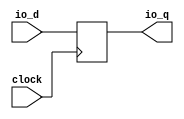
// Copyright (c) 2017, Microsemi Corporation
// All rights reserved.
//
// Redistribution and use in source and binary forms, with or without
// modification, are permitted provided that the following conditions are met:
//     * Redistributions of source code must retain the above copyright
//       notice, this list of conditions and the following disclaimer.
//     * Redistributions in binary form must reproduce the above copyright
//       notice, this list of conditions and the following disclaimer in the
//       documentation and/or other materials provided with the distribution.
//     * Neither the name of the <organization> nor the
//       names of its contributors may be used to endorse or promote products
//       derived from this software without specific prior written permission.
//
// THIS SOFTWARE IS PROVIDED BY THE COPYRIGHT HOLDERS AND CONTRIBUTORS "AS IS" AND
// ANY EXPRESS OR IMPLIED WARRANTIES, INCLUDING, BUT NOT LIMITED TO, THE IMPLIED
// WARRANTIES OF MERCHANTABILITY AND FITNESS FOR A PARTICULAR PURPOSE ARE
// DISCLAIMED. IN NO EVENT SHALL MICROSEMI CORPORATIONM BE LIABLE FOR ANY
// DIRECT, INDIRECT, INCIDENTAL, SPECIAL, EXEMPLARY, OR CONSEQUENTIAL DAMAGES
// (INCLUDING, BUT NOT LIMITED TO, PROCUREMENT OF SUBSTITUTE GOODS OR SERVICES;
// LOSS OF USE, DATA, OR PROFITS; OR BUSINESS INTERRUPTION) HOWEVER CAUSED AND
// ON ANY THEORY OF LIABILITY, WHETHER IN CONTRACT, STRICT LIABILITY, OR TORT
// (INCLUDING NEGLIGENCE OR OTHERWISE) ARISING IN ANY WAY OUT OF THE USE OF THIS
// SOFTWARE, EVEN IF ADVISED OF THE POSSIBILITY OF SUCH DAMAGE.
//
// APACHE LICENSE
// Copyright (c) 2017, Microsemi Corporation 
//
// Licensed under the Apache License, Version 2.0 (the "License");
// you may not use this file except in compliance with the License.
// You may obtain a copy of the License at
//
//    http://www.apache.org/licenses/LICENSE-2.0
//
// Unless required by applicable law or agreed to in writing, software
// distributed under the License is distributed on an "AS IS" BASIS,
// WITHOUT WARRANTIES OR CONDITIONS OF ANY KIND, either express or implied.
// See the License for the specific language governing permissions and
// limitations under the License.
//
// Description:
//
// SVN Revision Information:
// SVN $Revision: $
// SVN $Date: $
//
// Resolved SARs
// SAR      Date     Who   Description
//
// Notes:
//
// ****************************************************************************/
`ifndef RANDOMIZE_REG_INIT 
	 `define RANDOMIZE_REG_INIT 
 `endif
`ifndef RANDOMIZE_MEM_INIT 
	 `define RANDOMIZE_MEM_INIT 
 `endif
`ifndef RANDOMIZE 
	 `define RANDOMIZE 
`endif

`timescale 1ns/10ps
module MiV_AXI_MiV_AXI_0_MIV_RV32IMA_L1_AXI_SYNCHRONIZER_SHIFT_REG_W12_D1( // @[:freechips.rocketchip.system.MivRV32ImaL1AhbConfig.fir@98756.2]
  input         clock, // @[:freechips.rocketchip.system.MivRV32ImaL1AhbConfig.fir@98757.4]
  input  [11:0] io_d, // @[:freechips.rocketchip.system.MivRV32ImaL1AhbConfig.fir@98759.4]
  output [11:0] io_q // @[:freechips.rocketchip.system.MivRV32ImaL1AhbConfig.fir@98759.4]
);
  reg [11:0] sync_0; // @[ShiftReg.scala 114:16:freechips.rocketchip.system.MivRV32ImaL1AhbConfig.fir@98764.4]
  reg [31:0] _RAND_0;
  assign io_q = sync_0;
`ifdef RANDOMIZE
  integer initvar;
  initial begin
    `ifndef verilator
      #0.002 begin end
    `endif
  `ifdef RANDOMIZE_REG_INIT
  _RAND_0 = {1{32'b0}};
  sync_0 = _RAND_0[11:0];
  `endif // RANDOMIZE_REG_INIT
  end
`endif // RANDOMIZE
  always @(posedge clock) begin
    sync_0 <= io_d;
  end
endmodule